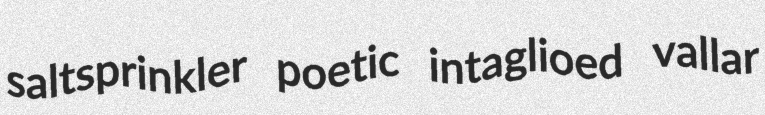
saltsprinkler poetic intaglioed vallar